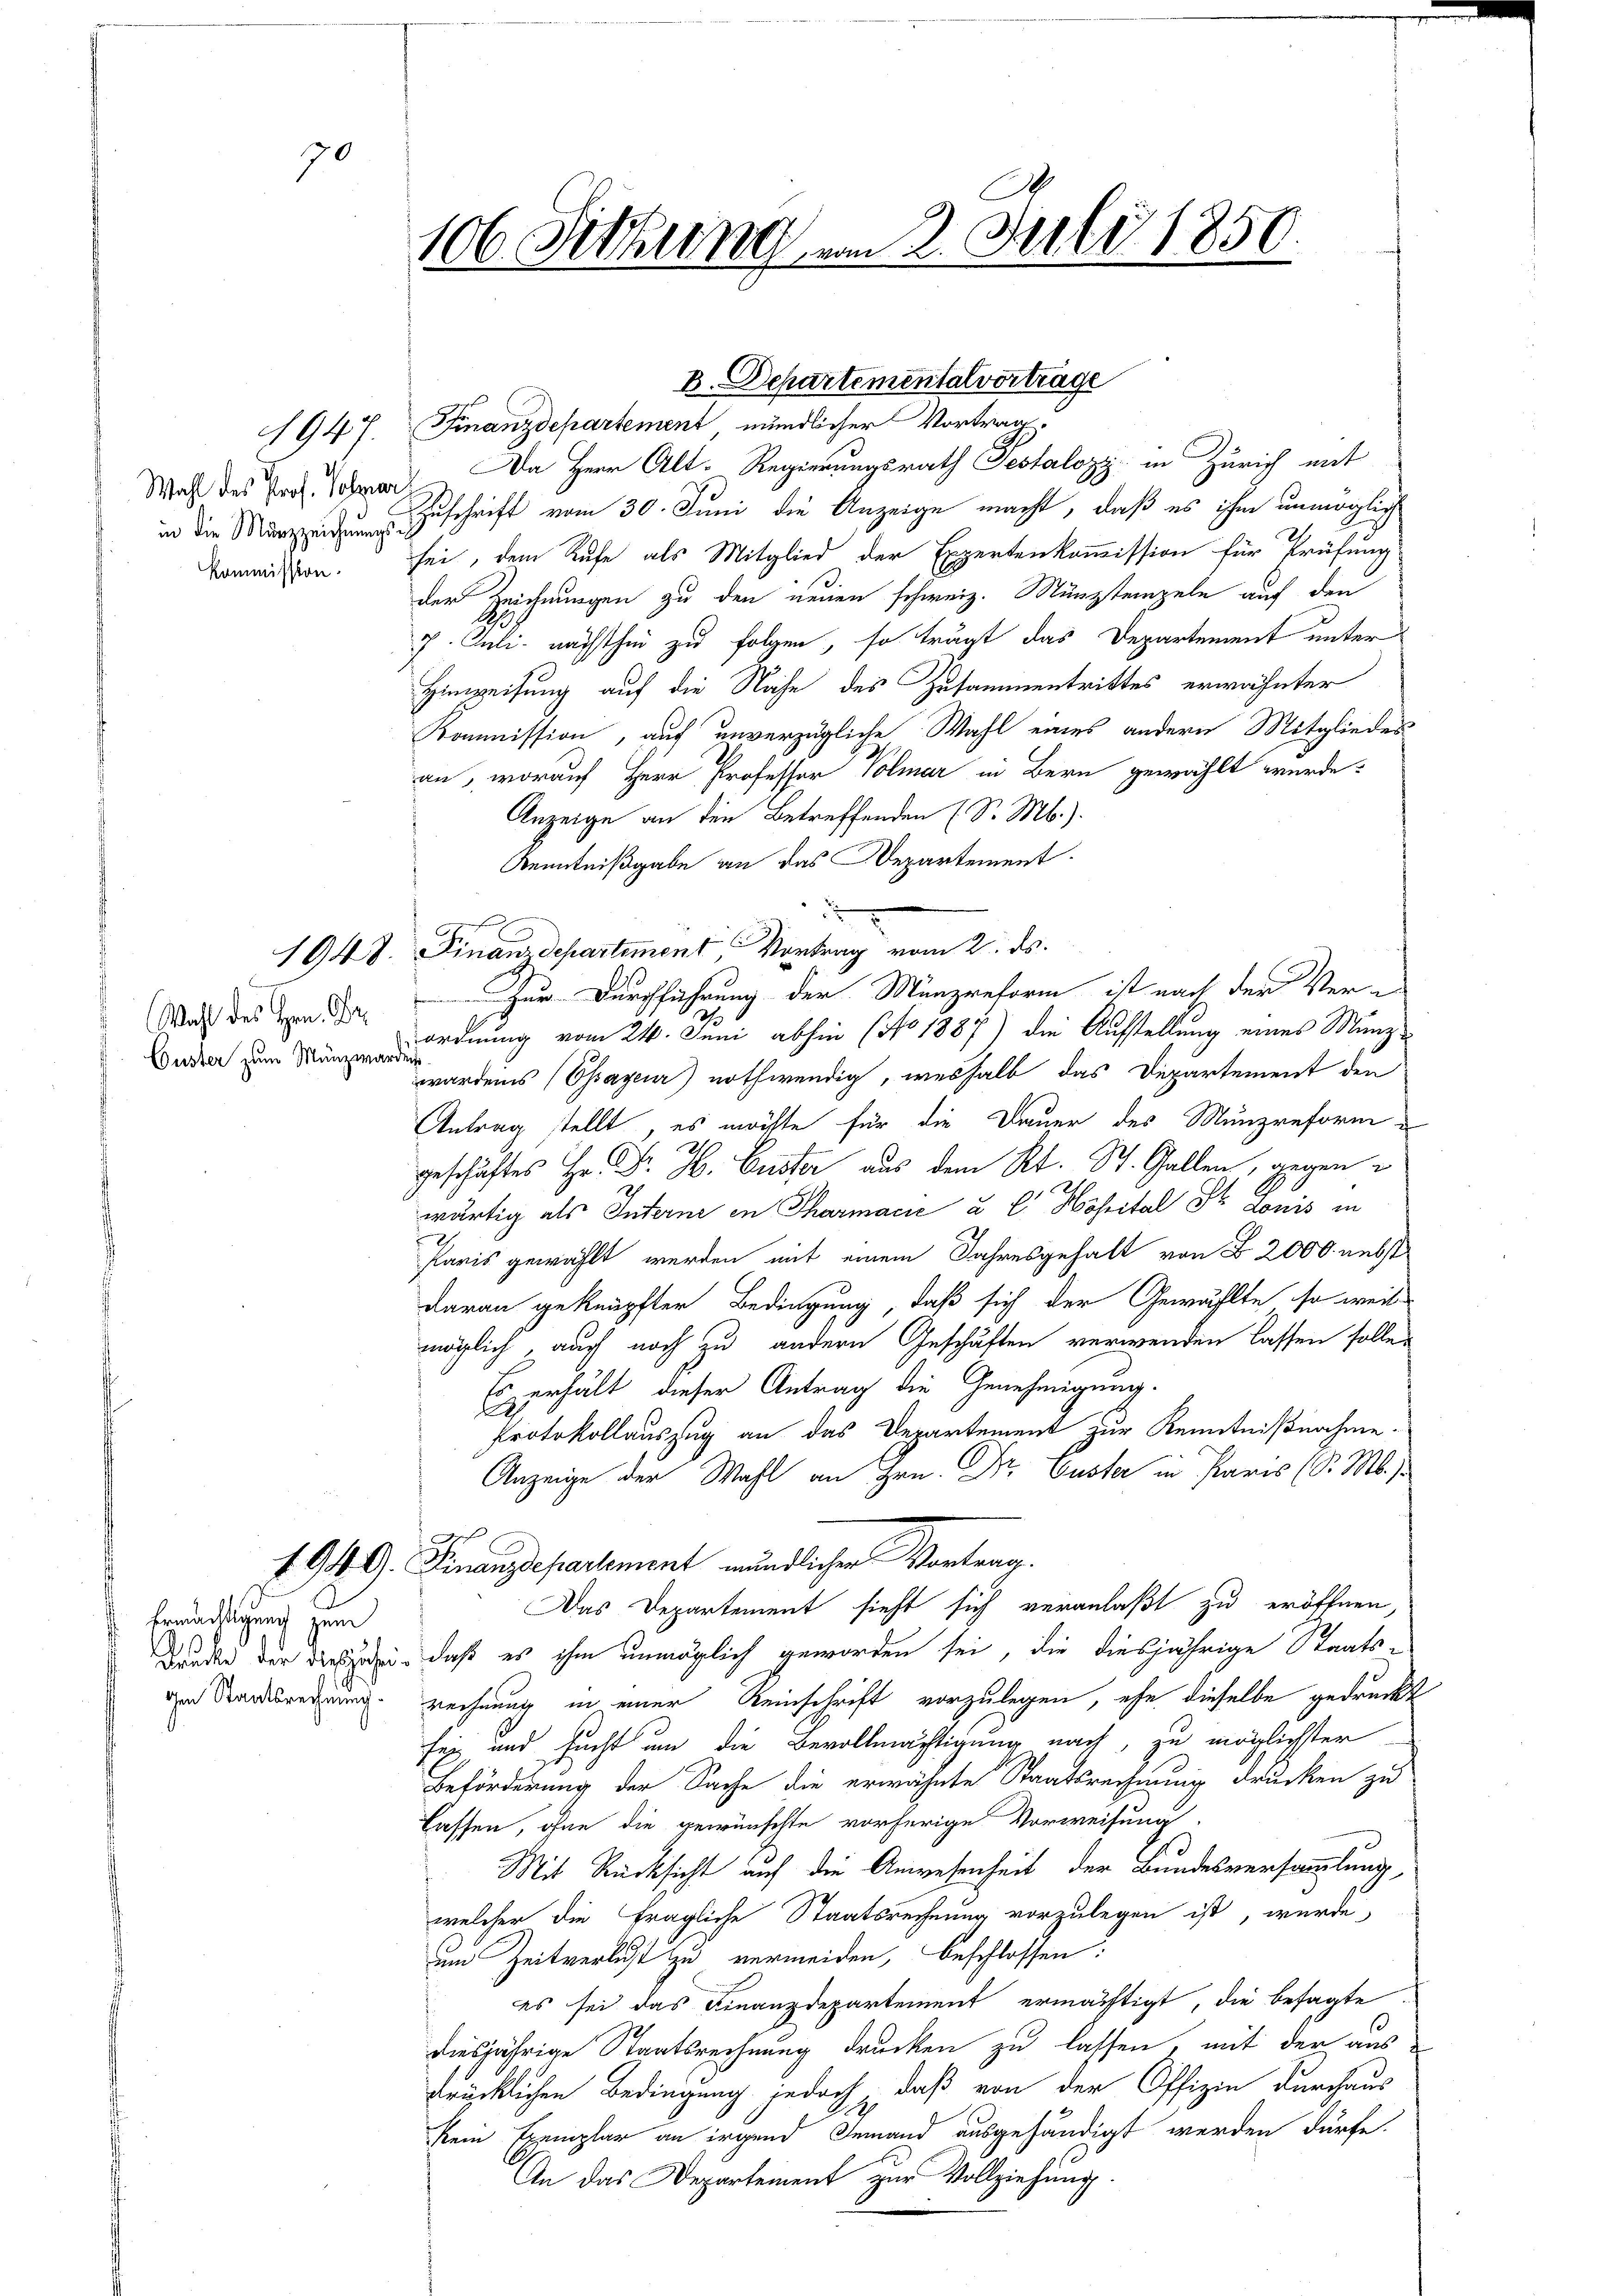
1947.
Wahl des Prof. Sohner
Kommission.

70

Custer zum Münzwarden

bemächtigung zum
gen Staatsrechnung.

106. Sitzung am 2. Juli 1850.

B. Departementalvortrage
Finanzdepartement mündlicher Vortrag

Da Herr Alt-Regierungsrath Testalozy: in Zürich mit
in die Zuschrift vom 30. Juni die Anzeige macht, daß es ihm unmöglich
sei, dem Rufe als Mitglied der Expertenkommission für Prüfung
der Zeichnungen zu den neuen schweiz. Münzstempeln auf den
7. Juli nächsthin zu folgen, so trägt das Departement unter
Hinweisung auf die Nähe des Zusammentrittes erwähnter
Kommission, auf unverzügliche Wahl eines andern Mitgliedes
an, worauf Herr Professor Volmar in Bern gewählt wurde.
Anzeige an den Betreffenden (S. M.).
Kenntnißgabe an das Departement
1948. Finanzdepartement, Vortrag vom 2. ds.
Was des von der Zur Durchführung der Münzreform ist nach der Verordnung vom 24. Juni abhin (No 1887) die Aufstellung eines Münzwordens (Essayeur) nothwendig, weshalb das Departement den
Antrag stellt, es möchte für die Dauer des Munzreform
geschäftes Hr. Dr. H. Erster aus dem Rt. St. Gallen, gegen
wärtig als Interne in Pharmacić u E. Hosital dr donis in
Paris gewählt werden mit einem Jahresgehalt von B. 2000. nebst
daran geknüpfter Bedingung, daß sich der Gewählte, so weit
möglich, auch noch zu andern Geschäften verwenden lassen solle
Es erhält dieser Antrag die Genehmigung.
Protokollauszug an das Departement zur Kenntnißnahme.
Anzeige der Wahl an Hrn. Dr. Custer in Paris (S. M.
1. 94. G. Finanzdepartement mündlicher Vortrag.
Das Departement sieht sich veranlaßt zu eröffnen,
Bunden der diesen, daß es ihm unmöglich geworden sei, die diesjährige Staats-
rechnung in einer Reinschrift vorzulegen, ehe dieselbe gedruckt
sei und sucht um die Bevollmächtigung nach, zu möglichster
Beförderung der Sache die erwähnte Staatsrechnung drücken zu
lassen, ohne die gewünschte vorherige Vorweisung
Mit Rücksicht auf die Anwesenheit der Bundesversammlung,
welcher die fragliche Staatsrechnung vorzulegen ist, wurde
um Zeitverlust zu vermeiden, beschlossen:
es sei das Finanzdepartement ermächtigt, die besagte
diesjährige Staatsrechnung drucken zu lassen, mit der aus
drücklichen Bedingung jedoch, daß von der Offizie durchaus
kein Exemplar an irgend Jemand ausgehändigt werden dürfe.
An das Departement zur Vollziehung

d